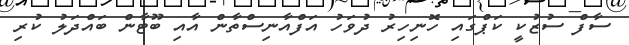
ސާފް ސުޒުކީ ކަޕްގައި ހޮނިހިރު ދުވަހު އަފްއާނިސްތާން އާއި ބޫޓާން ބައްދަލު ކުރި